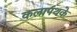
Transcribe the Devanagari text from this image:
कलापथके